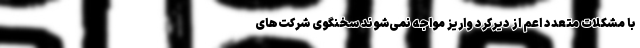
با مشکلات متعدد اعم از دیرکرد واریز مواجه نمی‌شوند سخنگوی شرکت‌های